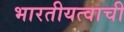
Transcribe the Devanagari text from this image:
भारतीयत्वाची